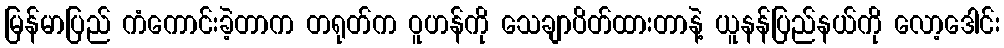
မြန်မာပြည် ကံကောင်းခဲ့တာက တရုတ်က ဝူဟန်ကို သေချာပိတ်ထားတာနဲ့ ယူနန်ပြည်နယ်ကို လော့ဒေါင်း